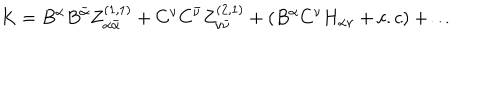
K = B ^ { \alpha } B ^ { \bar { \alpha } } Z _ { \alpha { \bar { \alpha } } } ^ { ( 1 , 1 ) } + C ^ { \nu } C ^ { \bar { \nu } } Z _ { \nu { \bar { \nu } } } ^ { ( 2 , 1 ) } + ( B ^ { \alpha } C ^ { \nu } H _ { \alpha \nu } + c . c ) + \dots